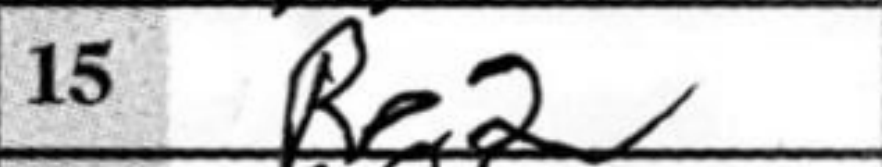
Transcription: Re2